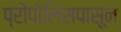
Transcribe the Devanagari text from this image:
प्रोपोलिसपासून